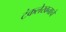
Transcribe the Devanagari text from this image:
टंकलेखनाचे